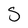
Character: s